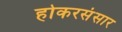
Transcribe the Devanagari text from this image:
होकरसंसार